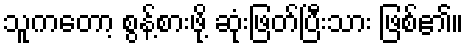
သူကတော့ စွန့်စားဖို့ ဆုံးဖြတ်ပြီးသား ဖြစ်၏။